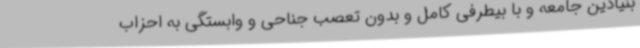
بنیادین جامعه و با بیطرفی کامل و بدون تعصب جناحی و وابستگی به احزاب